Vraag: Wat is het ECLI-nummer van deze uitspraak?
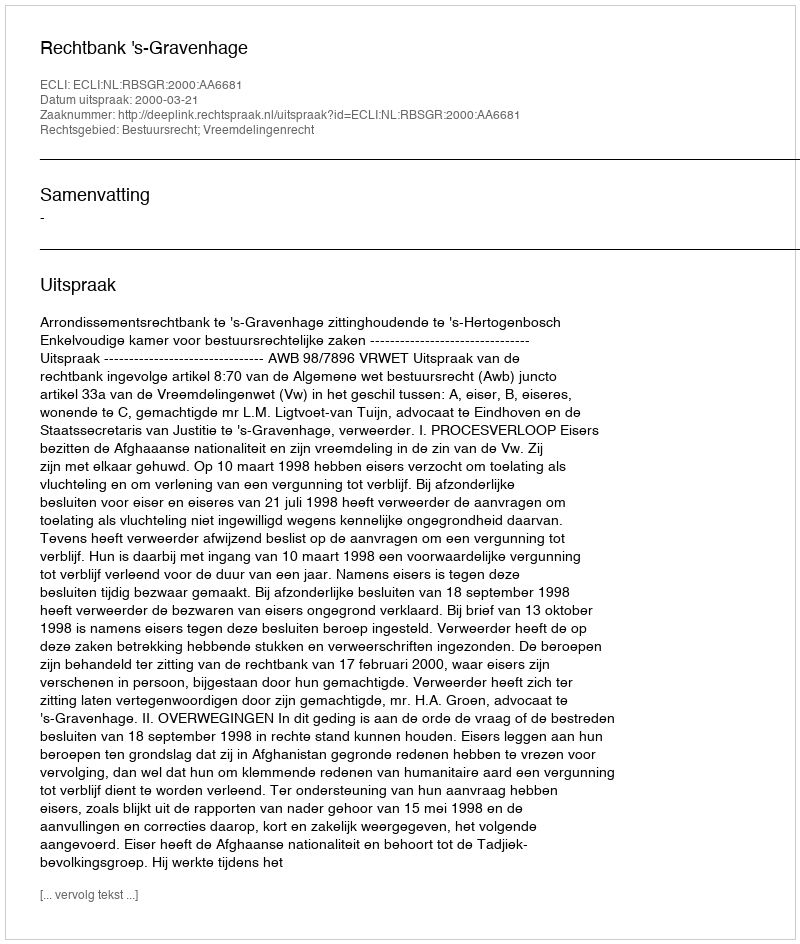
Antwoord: ECLI:NL:RBSGR:2000:AA6681